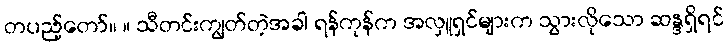
တပည့်တော်။ ။ သီတင်းကျွတ်တဲ့အခါ ရန်ကုန်က အလှူရှင်များက သွားလိုသော ဆန္ဒရှိရင်